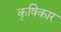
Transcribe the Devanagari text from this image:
कृषिकार